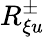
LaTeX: R_{\xi u}^{\pm}